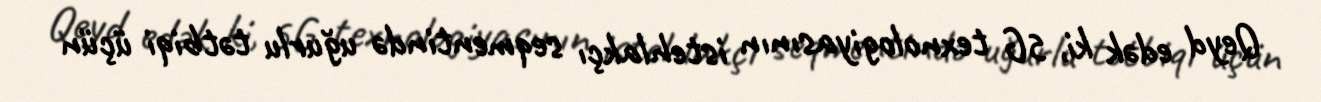
Qeyd edək ki, 5G texnologiyasının istehlakçı seqmentində uğurlu tətbiqi üçün